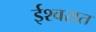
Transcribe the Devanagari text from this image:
ईश्वरात